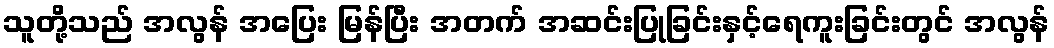
သူတို့သည် အလွန် အပြေး မြန်ပြီး အတက် အဆင်းပြုခြင်းနှင့်ရေကူးခြင်းတွင် အလွန်